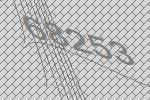
68253